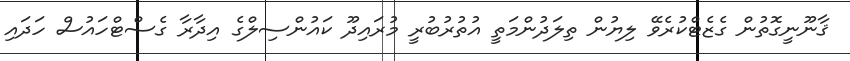
ޤާނޫނީގޮތުން ގެޒެޓްކުރެވޭ ލިޔުން ތިލަދުންމަތީ އުތުރުބުރީ މުރައިދޫ ކައުންސިލްގެ އިދާރާ ގެސްޓްހައުސް ހަދައި